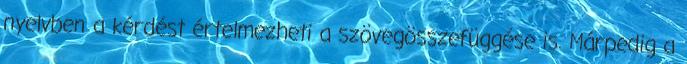
nyelvben a kérdést értelmezheti a szövegösszefüggése is. Márpedig a